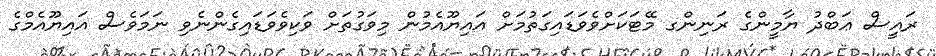
ރައީސް ޢަބްދު ޔާމީންގެ ރަނިންގ މޭޓަކަށްވެވަޑައިގަތުމަށް އައިޔޫއެމުން މިވަގުތަށް ވަކިވެވަޑައިގެންނެވިި ނަމަވެސް އައިޔޫއެމްގެ